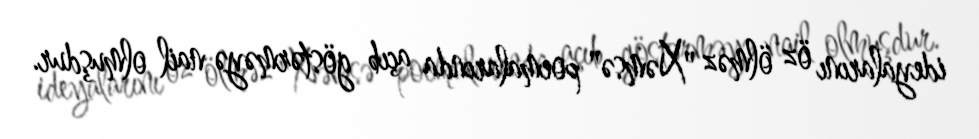
ideyalarını öz ölməz "Xəmsə" poemalarında açıb göstərməyə nail olmuşdur.